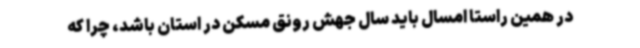
در همین راستا امسال باید سال جهش رونق مسکن در استان باشد، چرا که